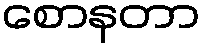
စောနတာ